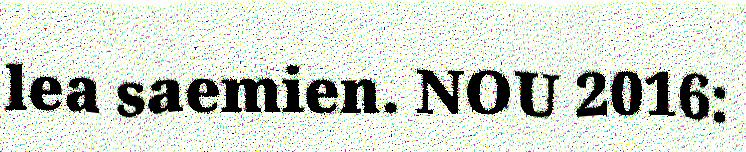
lea saemien. NOU 2016: